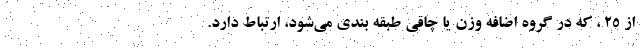
از ۲۵ ، که در گروه اضافه وزن یا چاقی طبقه بندی می‌شود، ارتباط دارد.